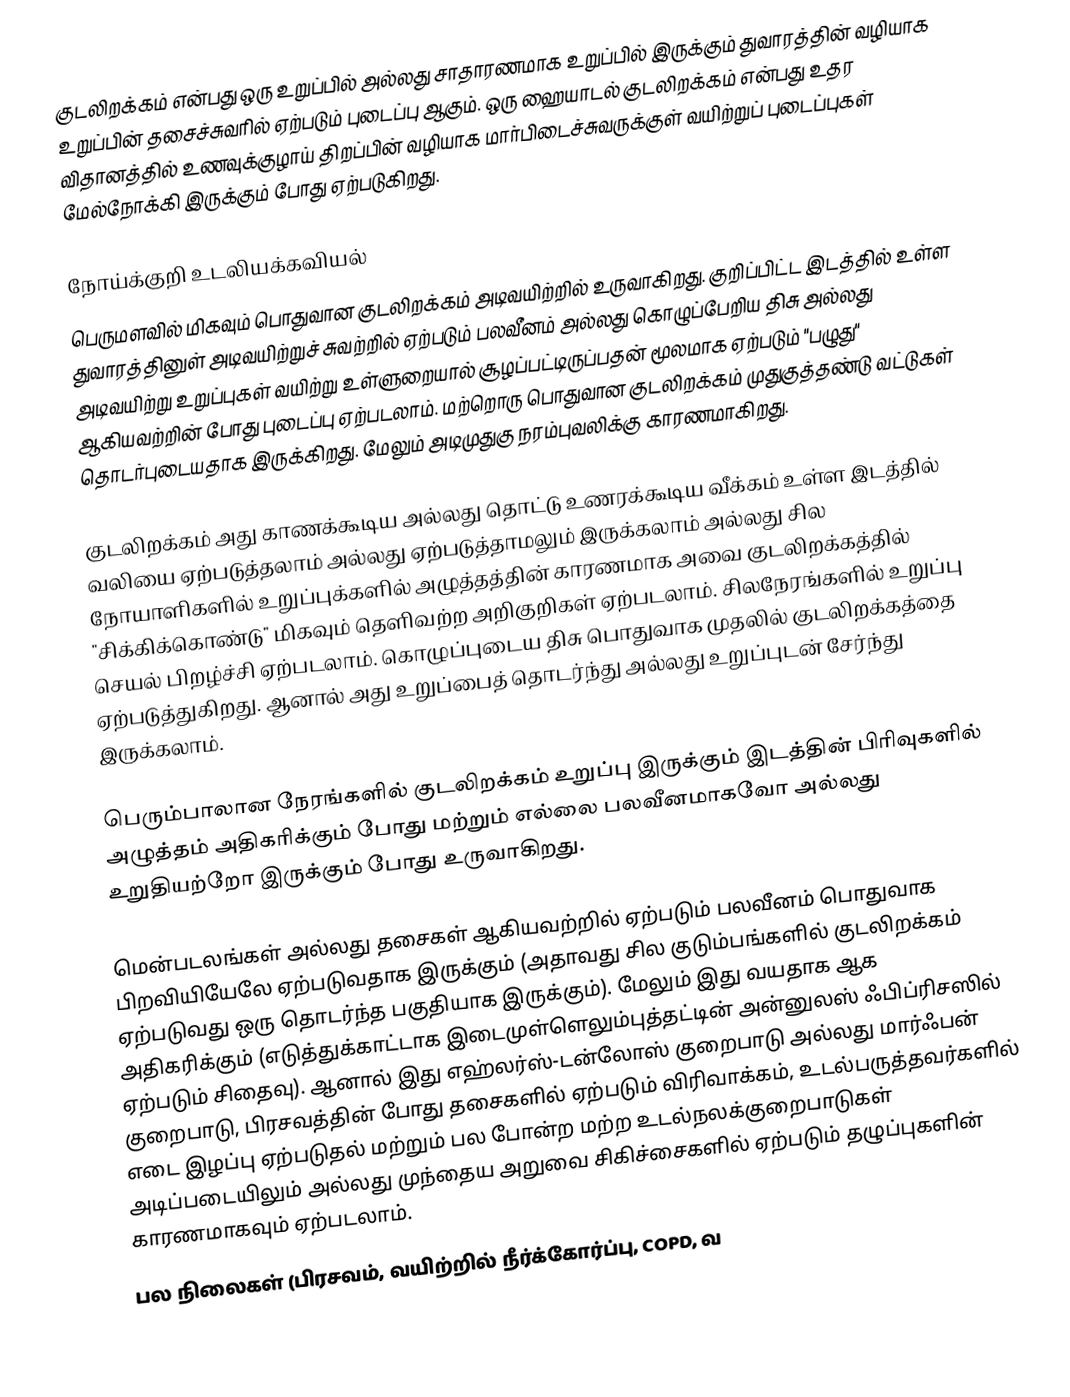
குடலிறக்கம் என்பது ஒரு உறுப்பில் அல்லது சாதாரணமாக உறுப்பில் இருக்கும் துவாரத்தின் வழியாக உறுப்பின் தசைச்சுவரில் ஏற்படும் புடைப்பு ஆகும். ஒரு ஹையாடல் குடலிறக்கம் என்பது உதர விதானத்தில் உணவுக்குழாய் திறப்பின் வழியாக மார்பிடைச்சுவருக்குள் வயிற்றுப் புடைப்புகள் மேல்நோக்கி இருக்கும் போது ஏற்படுகிறது.

நோய்க்குறி உடலியக்கவியல்
பெருமளவில் மிகவும் பொதுவான குடலிறக்கம் அடிவயிற்றில் உருவாகிறது. குறிப்பிட்ட இடத்தில் உள்ள துவாரத்தினுள் அடிவயிற்றுச் சுவற்றில் ஏற்படும் பலவீனம் அல்லது கொழுப்பேறிய திசு அல்லது அடிவயிற்று உறுப்புகள் வயிற்று உள்ளுறையால் சூழப்பட்டிருப்பதன் மூலமாக ஏற்படும் "பழுது" ஆகியவற்றின் போது புடைப்பு ஏற்படலாம். மற்றொரு பொதுவான குடலிறக்கம் முதுகுத்தண்டு வட்டுகள் தொடர்புடையதாக இருக்கிறது. மேலும் அடிமுதுகு நரம்புவலிக்கு காரணமாகிறது.

குடலிறக்கம் அது காணக்கூடிய அல்லது தொட்டு உணரக்கூடிய வீக்கம் உள்ள இடத்தில் வலியை ஏற்படுத்தலாம் அல்லது ஏற்படுத்தாமலும் இருக்கலாம் அல்லது சில நோயாளிகளில் உறுப்புக்களில் அழுத்தத்தின் காரணமாக அவை குடலிறக்கத்தில் "சிக்கிக்கொண்டு" மிகவும் தெளிவற்ற அறிகுறிகள் ஏற்படலாம். சிலநேரங்களில் உறுப்பு செயல் பிறழ்ச்சி ஏற்படலாம். கொழுப்புடைய திசு பொதுவாக முதலில் குடலிறக்கத்தை ஏற்படுத்துகிறது. ஆனால் அது உறுப்பைத் தொடர்ந்து அல்லது உறுப்புடன் சேர்ந்து இருக்கலாம்.

பெரும்பாலான நேரங்களில் குடலிறக்கம் உறுப்பு இருக்கும் இடத்தின் பிரிவுகளில் அழுத்தம் அதிகரிக்கும் போது மற்றும் எல்லை பலவீனமாகவோ அல்லது உறுதியற்றோ இருக்கும் போது உருவாகிறது.

 மென்படலங்கள் அல்லது தசைகள் ஆகியவற்றில் ஏற்படும் பலவீனம் பொதுவாக பிறவியியேலே ஏற்படுவதாக இருக்கும் (அதாவது சில குடும்பங்களில் குடலிறக்கம் ஏற்படுவது ஒரு தொடர்ந்த பகுதியாக இருக்கும்). மேலும் இது வயதாக ஆக அதிகரிக்கும் (எடுத்துக்காட்டாக இடைமுள்ளெலும்புத்தட்டின் அன்னுலஸ் ஃபிப்ரிசஸில் ஏற்படும் சிதைவு). ஆனால் இது எஹ்லர்ஸ்-டன்லோஸ் குறைபாடு அல்லது மார்ஃபன் குறைபாடு, பிரசவத்தின் போது தசைகளில் ஏற்படும் விரிவாக்கம், உடல்பருத்தவர்களில் எடை இழப்பு ஏற்படுதல் மற்றும் பல போன்ற மற்ற உடல்நலக்குறைபாடுகள் அடிப்படையிலும் அல்லது முந்தைய அறுவை சிகிச்சைகளில் ஏற்படும் தழுப்புகளின் காரணமாகவும் ஏற்படலாம்.
 பல நிலைகள் (பிரசவம், வயிற்றில் நீர்க்கோர்ப்பு, COPD, வ